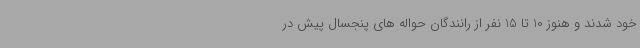
خود شدند و هنوز 10 تا 15 نفر از رانندگان حواله های پنجسال پیش در